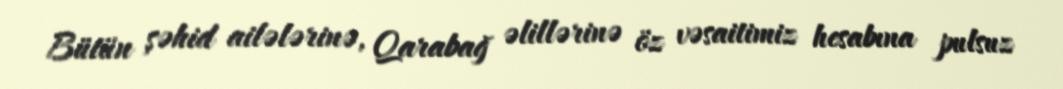
Bütün şəhid ailələrinə, Qarabağ əlillərinə öz vəsaitimiz hesabına pulsuz